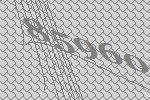
85960